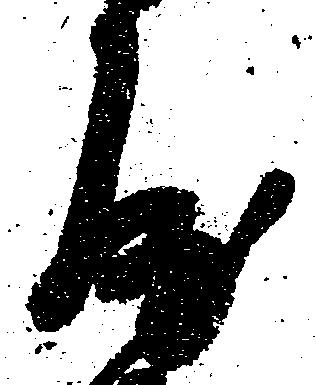
屋